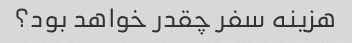
هزینه سفر چقدر خواهد بود؟